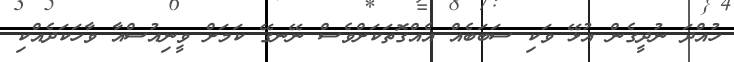
ހުއްދަ ނުދީގެން އުޅޭ ވަކި ސަބަބެއް އެއްގޮތަކަށްވެސް ނޭނގޭ ކަމަށް ވީނިއުސްއާ ވާހަކަދެއްކި